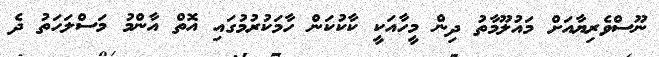
ނޫސްވެރިޔާއަށް މައުލޫމާތު ދިން މީހާއަކީ ކާކުކަން ހާމަކުރުމުގައި އޮތް އާންމު މަސްލަހަތު ދެ